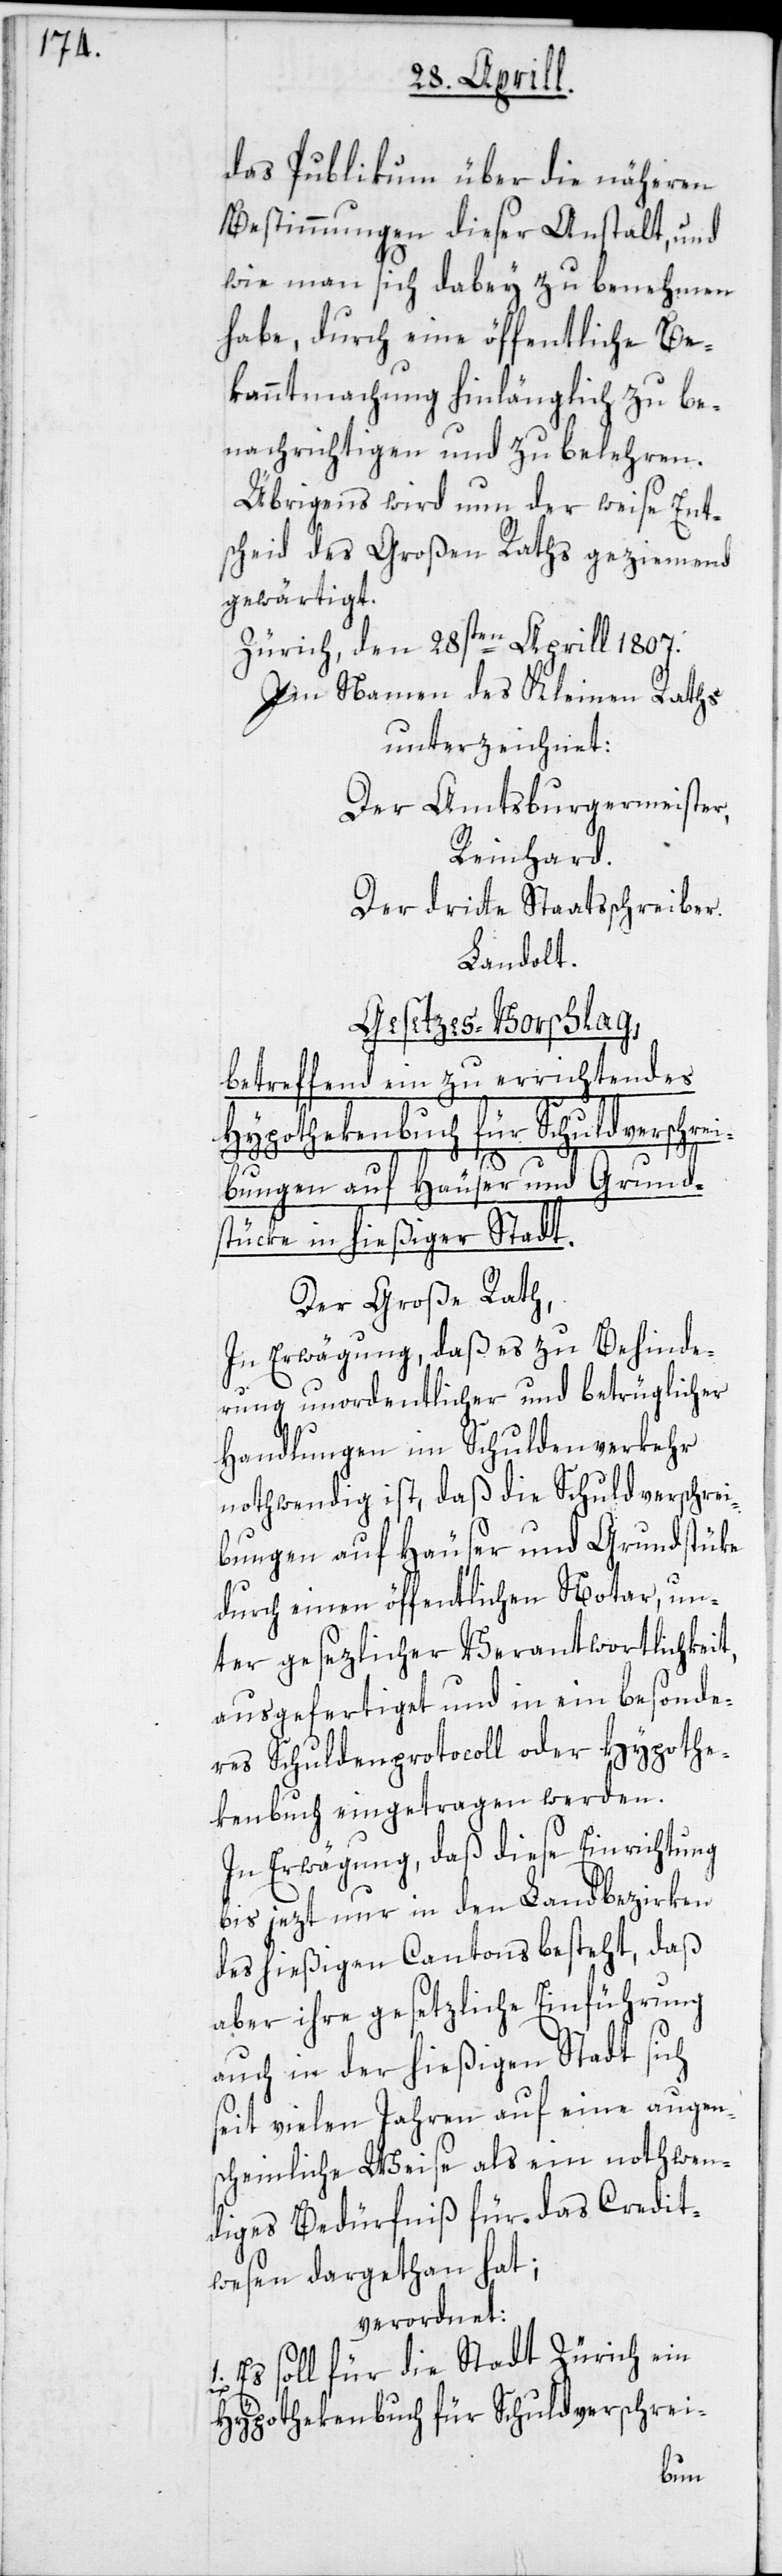
das Publikum über die näheren
Bestimmungen dieser Anstalt, und
wie man sich dabey zu benehmen
habe, durch eine öffentliche Be¬
kanntmachung hinlänglich zu be¬
nachrichtigen und zu belehren.
Übrigens wird nun der weise Ent¬
scheid des Großen Raths geziemend
gewärtigt.
Zürich, den 28sten Aprill 1807.
Im Namen des Kleinen Raths
unterzeichnet:
Der Amtsburgermeister,
Reinhard.
Der dritte Staatsschreiber.
Landolt.
Gesetzes-Vorschlag
betreffend ein zu errichtendes
bungen auf Häuser und Grund¬
stücke in hießiger Stadt.
Der Große Rath,
In Erwägung, daß es zu Behinde¬
rung unordentlicher und betrüglicher
Handlungen im Schuldenverkehr
nothwendig ist, daß die Schuldverschrei¬
bungen auf Häuser und Grundstüke
durch einen öffentlichen Notar, un¬
ter gesezlicher Verantwortlichkeit,
ausgefertiget und in ein besonde¬
res Schuldenprotocoll oder Hypothe¬
kenbuch eingetragen werden.
In Erwägung, daß diese Einrichtung
bis jezt nur in den Landbezirken
des hießigen Cantons besteht, daß
aber ihre gesetzliche Einführung
auch in der hießigen Stadt sich
seit vielen Jahren auf eine augen¬
scheinliche Weise als ein nothwen¬
diges Bedürfniß für das Credit¬
wesen dargethan hat;
verordnet:
1. Es soll für die Stadt Zürich ein
Hypothekenbuch für Schuldverschrei-